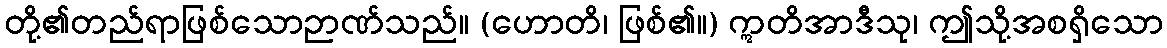
တို့၏တည်ရာဖြစ်သောဉာဏ်သည်။ (ဟောတိ၊ ဖြစ်၏။) ဣတိအာဒီသု၊ ဤသို့အစရှိသော